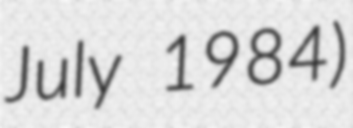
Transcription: July 1984)